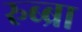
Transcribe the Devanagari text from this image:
रुब्ब्रा